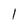
Character: l